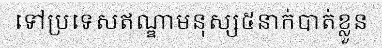
ទៅប្រទេសឥណ្ឌាមនុស្ស៥នាក់បាត់ខ្លួន